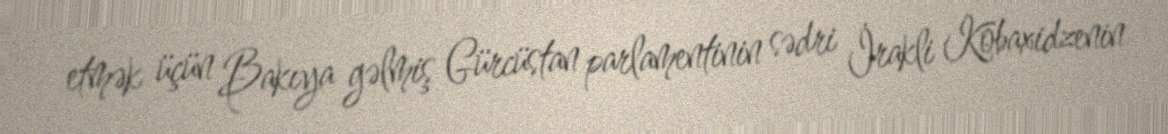
etmək üçün Bakıya gəlmiş Gürcüstan parlamentinin sədri İrakli Kobaxidzenin